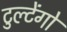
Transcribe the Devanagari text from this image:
टुल्टेंगो